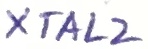
Text: XTAL2